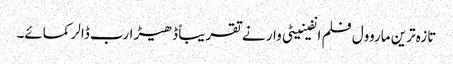
تازہ ترین ماروول فلم انفینیٹی وار نے تقریباً ڈھیڑ ارب ڈالر کمائے۔